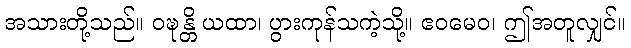
အသားတို့သည်။ ဝဍ္ဎန္တိ ယထာ၊ ပွားကုန်သကဲ့သို့။ ဧဝမေဝ၊ ဤအတူလျှင်။